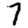
Digit: 7